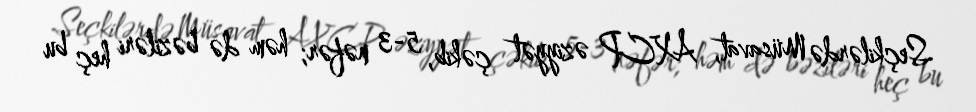
Seçkilərdə Müsavat, AXCP əziyyət çəkib, 5-3 nəfər; həm də bəziləri heç bu